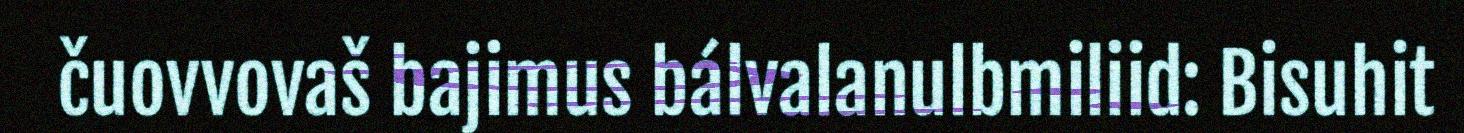
čuovvovaš bajimus bálvalanulbmiliid: Bisuhit